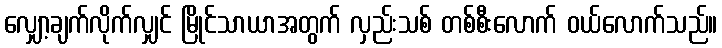
လျှော့ချက်လိုက်လျှင် မြိုင်သာယာအတွက် လှည်းသစ် တစ်စီးလောက် ဝယ်လောက်သည်။